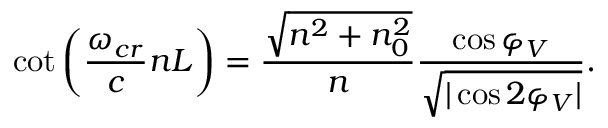
\cot \bigg ( \frac { \omega _ { c r } } { c } n L \bigg ) = \frac { \sqrt { n ^ { 2 } + n _ { 0 } ^ { 2 } } } { n } \frac { \cos { \varphi _ { V } } } { \sqrt { | \cos { 2 \varphi _ { V } } | } } .